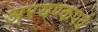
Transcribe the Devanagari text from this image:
अरयण्कपर्व